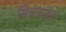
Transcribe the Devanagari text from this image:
बिटकाइन